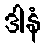
ဒါနံ